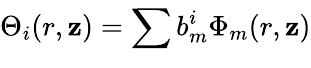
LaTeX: {\Theta_{i}(r,\mathbf{z})=\sum_{}^{}{b_{m}^{i}\Phi_{m}(r,\mathbf{z})}}